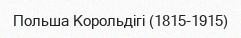
Польша Корольдігі (1815-1915)